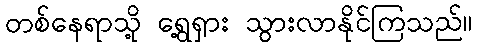
တစ်နေရာသို့ ရွေ့ရှား သွားလာနိုင်ကြသည်။